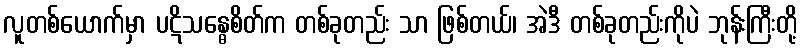
လူတစ်ယောက်မှာ ပဋိသန္ဓေစိတ်က တစ်ခုတည်း သာ ဖြစ်တယ်၊ အဲဒီ တစ်ခုတည်းကိုပဲ ဘုန်းကြီးတို့